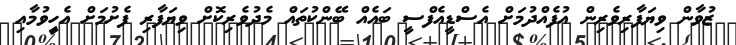
ޒުވާން ވިޔަފާރިވެރިން އުފެއްދުމަށް އެސްޑީއެފްސީ ބައެއް ބޭންކުތައް މެދުވެރިކޮށް ވިޔަފާރި ފެށުމަށް އެހީިވުމާއި